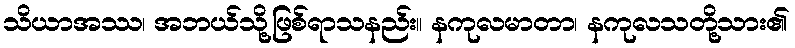
သိယာအဿ၊ အဘယ်သို့ဖြစ်ရာသနည်း။ နကုလမာတာ၊ နကုလသတို့သား၏